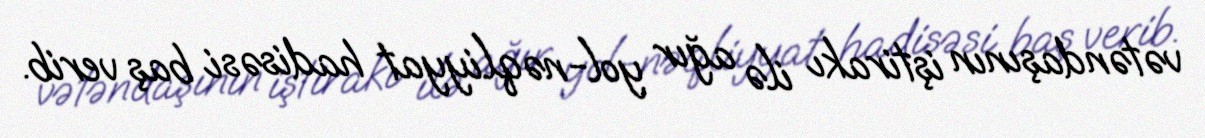
vətəndaşının iştirakı ilə ağır yol-nəqliyyat hadisəsi baş verib.